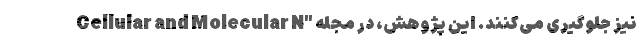
نیز جلوگیری می‌کنند. این پژوهش، در مجله "Cellular and Molecular N